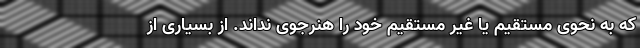
که به نحوی مستقیم یا غیر مستقیم خود را هنرجوی نداند. از بسیاری از